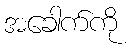
အခေါက်ကို